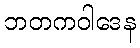
ဘတကဝါဒေန